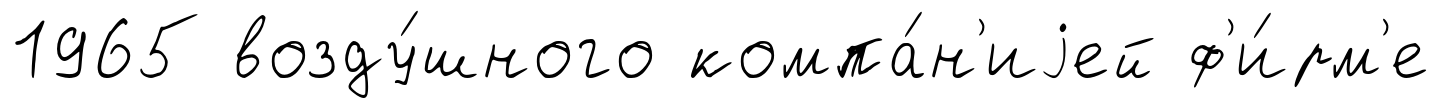
1965 возду́шного компа́н'иjей ф'и́рм'е